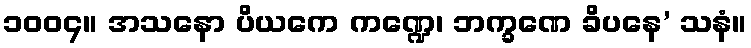
၁၀၀၄။ အသနော ပိယကေ ကဏ္ဍေ၊ ဘက္ခဏေ ခိပနေ’ သနံ။